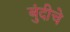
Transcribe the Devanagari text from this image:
बुंदीचे